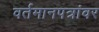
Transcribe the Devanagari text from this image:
वर्तमानपत्रांवर